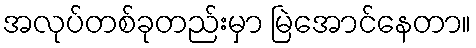
အလုပ်တစ်ခုတည်းမှာ မြဲအောင်နေတာ။